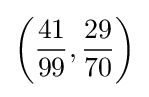
\left({\frac {41}{99}},{\frac {29}{70}}\right)